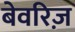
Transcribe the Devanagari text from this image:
बेवरिज़